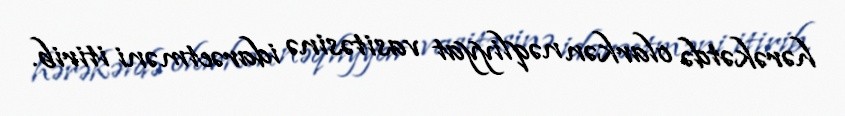
hərəkətdə olarkən nəqliyyat vasitəsinə idarəetməni itirib.